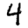
Digit: 4